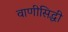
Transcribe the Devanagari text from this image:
वाणीसिद्धी